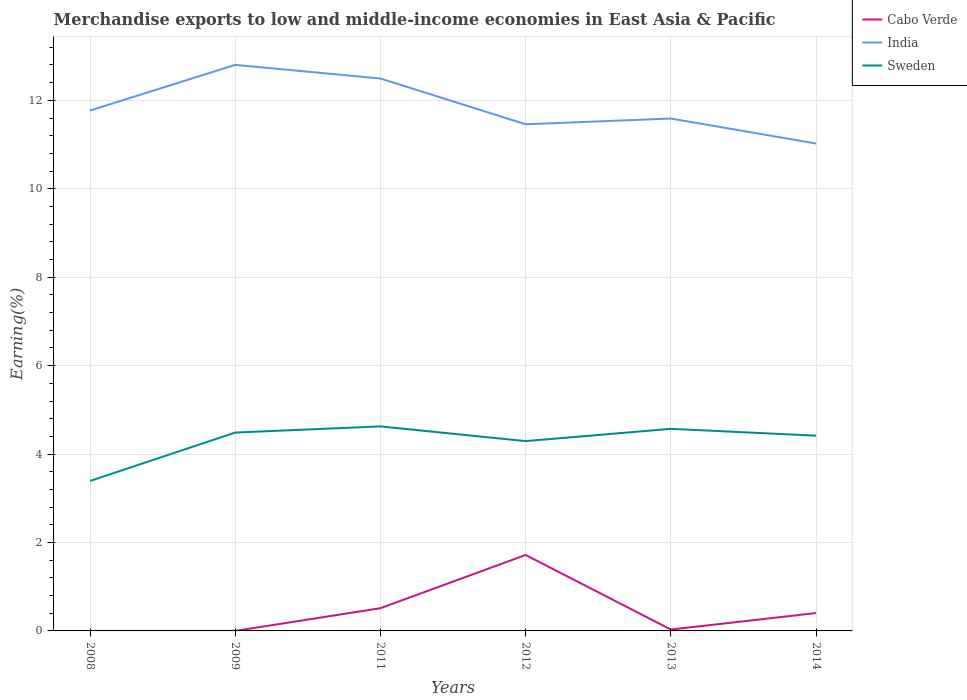
| Years | Cabo Verde | India | Sweden |
 | --- | --- | --- | --- |
 | 2008 | 6.61e-05 | 11.8 | 3.39 |
 | 2009 | 0.000375 | 12.8 | 4.49 |
 | 2011 | 0.514 | 12.5 | 4.63 |
 | 2012 | 1.72 | 11.5 | 4.29 |
 | 2013 | 0.0314 | 11.6 | 4.57 |
 | 2014 | 0.404 | 11 | 4.42 |